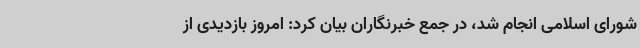
شورای اسلامی انجام شد، در جمع خبرنگاران بیان کرد: امروز بازدیدی از